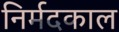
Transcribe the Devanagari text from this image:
निर्मदकाल